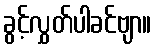
ခွင့်လွှတ်ပါခင်ဗျာ။